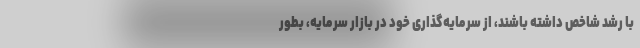
با رشد شاخص داشته باشند، از سرمایه‌گذاری خود در بازار سرمایه، بطور